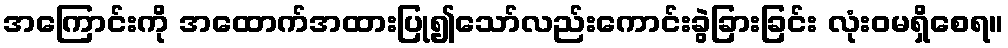
အကြောင်းကို အထောက်အထားပြု၍သော်လည်းကောင်းခွဲခြားခြင်း လုံးဝမရှိစေရ။